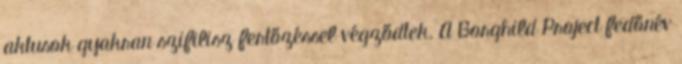
aktusok gyakran szifilisz fertőzéssel végződtek. A Borghild Project fedőnév